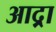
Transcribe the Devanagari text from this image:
आद्र्रा